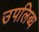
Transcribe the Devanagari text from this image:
उपलिब्ध